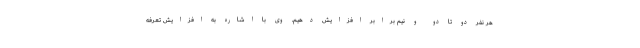
هر نفر دو تا دو و نیم برابر افزایش دهیم. وی با اشاره به افزایش تعرفه